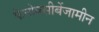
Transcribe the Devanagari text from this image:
फेनोक्सीबेंजामीन